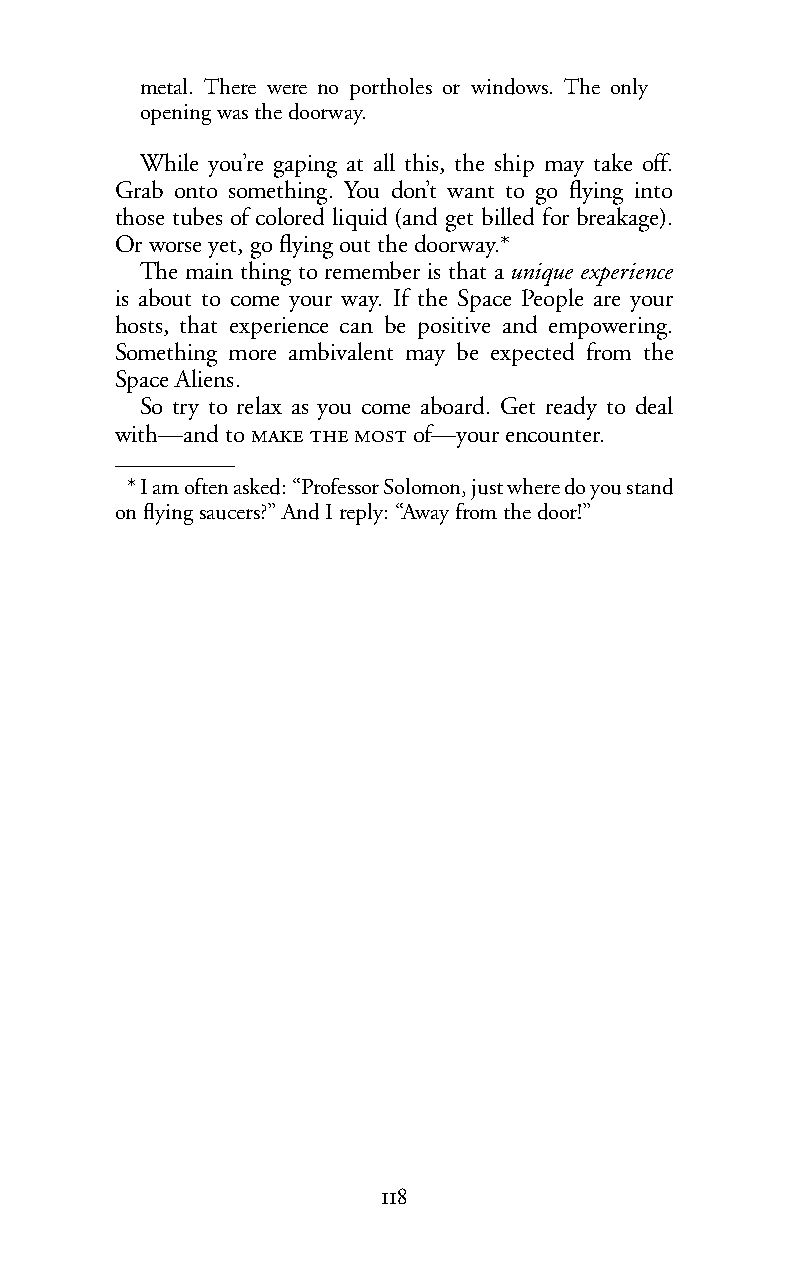
metal. There were no portholes or windows. The only
 opening was the doorway.
 While you’re gaping at all this, the ship may take off.
 Grab onto something. You don’t want to go flying into
 those tubes of colored liquid (and get billed for breakage).
 Or worse yet, go flying out the doorway.*
 The main thing to remember is that aunique experience
 is about to come your way. If the Space People are your
 hosts, that experience can be positive and empowering.
 Something more ambivalent may be expected from the
 Space Aliens.
 So try to relax as you come aboard. Get ready to deal
 with—and to   of—your encounter.
 *Iam often asked: “Professor Solomon, just where do you stand
 on flying saucers?” And I reply: “Away from the door!”
 